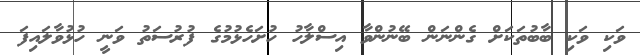
ވަކި ވަކި ބާބުތަކަށް ގެންނަން ބޭނުންވާ އިސްލާހު ހުށަހެޅުމުގެ ފުރުސަތު ވަނީ ހުޅުވާލައިފަ